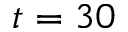
t = 3 0